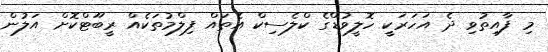
މި ފާއިތުވި ދެ އަހަރަކީ ހޮލީވުޑްގެ ކްލެސިކް އެތައް ފިލްމުތަކެއް ރީބޫޓްކޮށް އަލުން